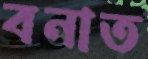
বনাত